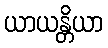
ယာယန္တိယာ